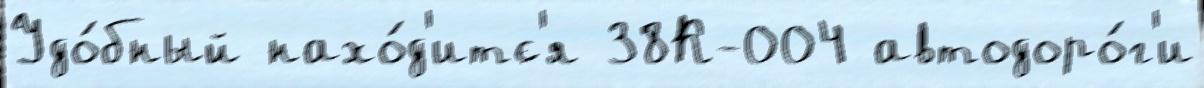
Удо́бный нахо́д'итс'я 38К-004 автодоро́г'и